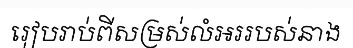
រៀបរាប់ពីសម្រស់លំអររបស់នាង